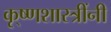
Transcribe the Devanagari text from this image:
कृ्ष्णशास्त्रींनी